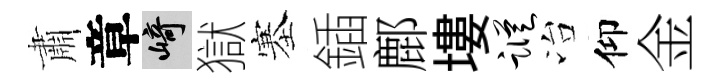
肅章崎獄塞鍤鄜塿踪冶仰金